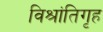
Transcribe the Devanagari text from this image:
विश्रांतिगृह